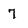
Character: 7